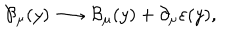
\mathcal { B } _ { \mu } ( y ) \longrightarrow \mathcal { B } _ { \mu } ( y ) + \partial _ { \mu } \varepsilon ( y ) ,